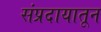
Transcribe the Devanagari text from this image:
संप्रदायातून